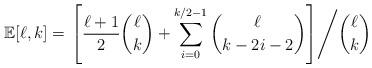
LaTeX: \begin{align*}\mathbb{E}[\ell,k]=\left.\left[\dfrac{\ell+1}{2}\dbinom{\ell}{k}+\sum\limits_{i=0}^{k/2-1}\dbinom{\ell}{k-2i-2}\right]\middle/\dbinom{\ell}{k}\right.\end{align*}